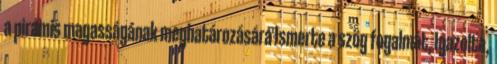
a piramis magasságának meghatározására Ismerte a szög fogalmát, Igazolta,